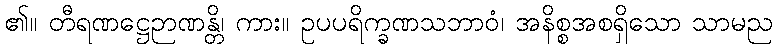
၏။ တီရဏဋ္ဌေဉာဏန္တိ၊ ကား။ ဥပပရိက္ခဏသဘာဝံ၊ အနိစ္စအစရှိသော သာမည